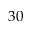
3 0